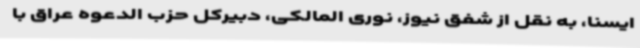
ایسنا، به نقل از شفق نیوز، نوری المالکی، دبیرکل حزب الدعوه عراق با